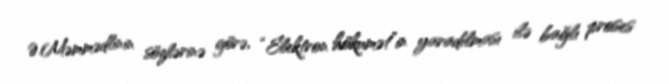
Ə.Məmmədlinin sözlərinə görə, “Elektron hökumət”in yaradılması ilə bağlı proses